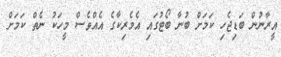
އީރާނުން ބަޑިޖެހި ކަމަށް ބުނާ ބޯޓުގައި އެމެރިކާގެ އެއްވެސް މީހަކު ނެތް ކަމަށް